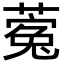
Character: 𮐵